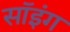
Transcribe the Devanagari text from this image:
सॉइंग